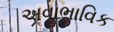
અવાભાવિક